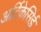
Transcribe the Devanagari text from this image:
अर्टिकेसिई